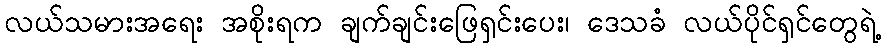
လယ်သမားအရေး အစိုးရက ချက်ချင်းဖြေရှင်းပေး၊ ဒေသခံ လယ်ပိုင်ရှင်တွေရဲ့